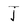
Character: j